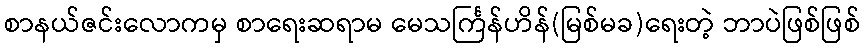
စာနယ်ဇင်းလောကမှ စာရေးဆရာမ မေသင်္ကြန်ဟိန်(မြစ်မခ)ရေးတဲ့ ဘာပဲဖြစ်ဖြစ်